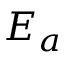
E _ { a }